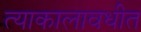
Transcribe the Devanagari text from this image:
त्याकालावधीत